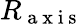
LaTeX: R_{\mathrm{~a~x~i~s~}}